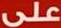
على